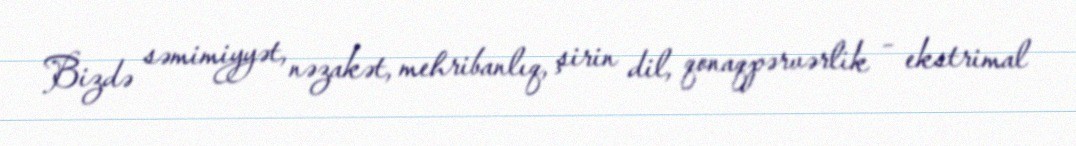
Bizdə səmimiyyət, nəzakət, mehribanlıq, şirin dil, qonaqpərvərlik – ekstrimal